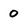
Character: O